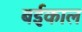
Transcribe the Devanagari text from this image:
बईकाल